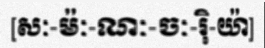
[សៈ-ម៉ៈ-ណៈ-ចៈ-រ៉ិ-យ៉ា]